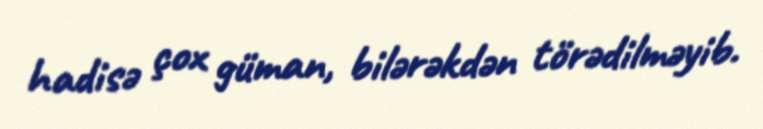
hadisə çox güman, bilərəkdən törədilməyib.